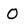
Character: O